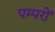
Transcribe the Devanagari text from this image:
पम्परों